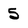
Character: 5